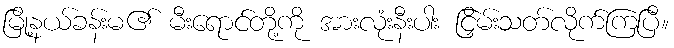
မြို့နယ်ခန်းမ၏ မီးရောင်တို့ကို အားလုံးနီးပါး ငြှိမ်းသတ်လိုက်ကြပြီ။